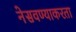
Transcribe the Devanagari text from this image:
नेसवण्याकरता